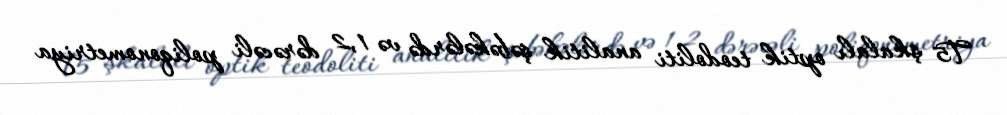
T5 şkalalı optik teodoliti analitik şəbəkələrdə və 1,2 dərəcəli poliqonometriya